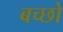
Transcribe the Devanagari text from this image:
बच्छो